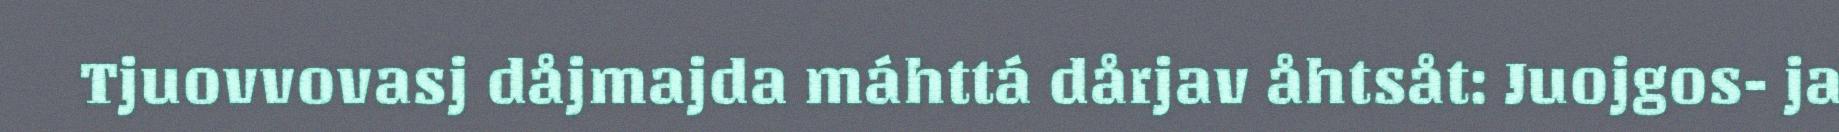
Tjuovvovasj dåjmajda máhttá dårjav åhtsåt: Juojgos- ja